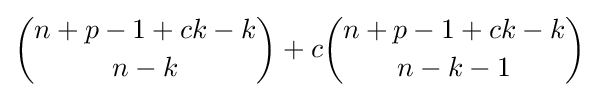
{\binom {n+p-1+ck-k}{n-k}}+c{\binom {n+p-1+ck-k}{n-k-1}}